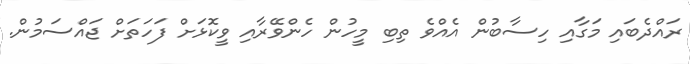
ރައްދެބައި މަގާއި ހިސާބުން އެއްވެ ތިބި މީހުން ހެންވޭރާއި ވީކޮޅަށް ފަހަތަށް ޖައްސަމުން.